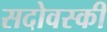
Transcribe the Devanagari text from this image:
सदोवस्की